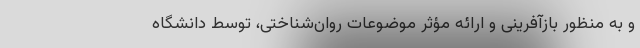
و به منظور بازآفرینی و ارائه مؤثر موضوعات روان‌شناختی، توسط دانشگاه